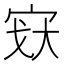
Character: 𫳉